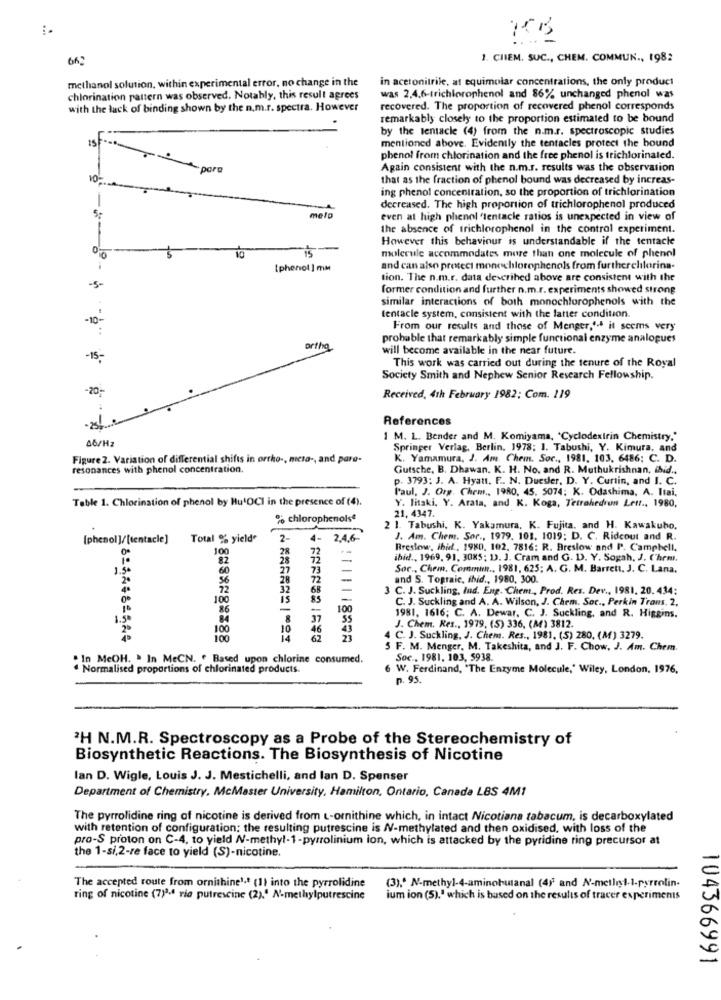
--
662
1. CHIEM. SUC ., CHEM. COMMUN ., 1982
methanol solution, within experimental error, no change in the
in acetonitrile, at equimolar concentrations, the only product
chlorination pattern was observed, Notably, this result agrees
was 2,4,6-trichlorophenol and 86% unchanged phenol was
with the lack of binding shown by the n.m.f. spectra. However
recovered. The proportion of recovered phenol corresponds
remarkably closely to the proportion estimated to be bound
by the tentacle (4) from the n.m.r. spectroscopic studies
mentioned above. Evidently the tentacles protect the bound
phenol from chlorination and the free phenol is trichlorinated.
- por
Again consistent with the n.m.r. results was the observation
10%
that as the fraction of phenol bound was decreased by increas-
ing phenol concentration, so the proportion of trichlorination
decreased. The high proportion of trichlorophenol produced
melo
even at high phenol "tentacle ratios is unexpected in view of
the absence of trichlorophenol in the control experiment.
However this behaviour is understandable if the tentacle
10
molecule accommodates more than one molecule of phenol
[phenol ] mm
and can also protect monechlorophenols from furtherelilorina-
tion. The n.m.r. data described above are consistent with the
-5-
former condition and further n.m.r. experiments showed strong
similar interactions of both monochlorophenols with the
-10-
tentacle system, consistent with the latter condition.
From our results and those of Menger.1- it seems very
probable that remarkably simple functional enzyme analogues
ortho
will become available in the near future.
-15-
This work was carried out during the tenure of the Royal
Society Smith and Nephew Senior Research Fellowship.
-20-
Received, 4th February 1982; Com. 119
References
46/H
1 M. L. Bender and M. Komiyama, 'Cyclodextrin Chemistry."
Springer Verlag, Berlin, 1978; 1. Tabushi, Y. Kimura, and
Figure 2. Variation of differential shifts in ortho -, meta -, and para-
K. Yamamura, J. Am. Chem. Sor ., 1981. 103. 6486; C. D.
resonances with phenol concentration.
Gutsche, B. Dhawan. K. H. No. and R. Muthukrishnan, ibid ..
p. 3793; J. A. Hyatt. F .. N. Duesler, D. Y. Curtin, and I. C.
Paul, J. Org. Chem ., 1980, 45. 5074; K. Odashima, A. Itai.
Table 1. Chlorination of phenol by HutOCI in the presence of (4).
21. 4347.
Y. litaki. Y. Arata, and K. Koga, Tetrahedron Lett ., 1980,
% chlorophenols*
2 1. Tabushi, K. Yakamura, K. Fujita, and H. Kawakubo.
[phenol]/[tentacle] Total % yield
2
4- 2,4,6-
J. Am. Chem. Sor ., 1979, 101. 1019; D. C. Rideout and R.
100
Breslow, ibid ., 1980, 102. 7816: R. Breslow and P. Campbell,
82
28
72
ibid ., 1969, 91, 3085; 13. J. Cram and G. D. Y. Sogah, J. C'hem.
60
27
Soc ., Chem, Commim ., 1981, 625; A. G. M. Barrett. J. C. Lana,
1.5*
2.
56
72
and S. Tograic, ihid ., 1980, 300.
72
32
68
3 C. J. Suckling, Iud. Eng. Chem ., Prod. Res. Dev ., 1981, 20. 434:
100
15
C. J. Suckling and A. A. Wilson, J. Chem. Soc ., Perkin Trans. 2.
86
-
100
1.5
8
37
55
1981, 1616; C. A. Dewar, C. J. Suckling, and R. Higgins.
J. Chem. Res ., 1979, (5) 336, (M) 3812.
100
10
⑆8138481644
100
:1|||1829
4 C. J. Suckling, J. Chem. Res ., 1981, (5) 280. (M) 3279.
5 F. M. Menger, M. Takeshita, and J. F. Chow, J. Am. Chem.
" In MeOH. . In MeCN. . Based upon chlorine consumed.
Soc ., 1981, 103, 5938.
Normalised proportions of chlorinated products.
6 W. Ferdinand, "The Enzyme Molecule,' Wiley, London, 1976,
p. 95.
2H N.M.R. Spectroscopy as a Probe of the Stereochemistry of
Biosynthetic Reactions. The Biosynthesis of Nicotine
lan D. Wigle, Louis J. J. Mestichelli, and lan D. Spenser
Department of Chemistry, McMaster University, Hamilton, Ontario, Canada LBS 4M1
The pyrrolidine ring af nicotine is derived from L-ornithine which, in intact Nicotiana tabacum, is decarboxylated
with retention of configuration: the resulting putrescine is /V-methylated and then oxidised, with loss of the
pro-S proton on C-4, to yield /-methyl-1-pyrrolinium ion, which is attacked by the pyridine ring precursor at
the 1-si,2-re face to yield (S)-nicotine.
The accepted route from ornithine1. (1) into the pyrrolidine
(3).º N-methyl-4-aminobutanal (4) and N-methyl-1-pyrrolin-
ring of nicotine (7)3-4 rie putrescine (2),' N-methylputrescine
ium ion (5)," which is based on the results of tracer experiments
104366991